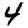
Digit: 4